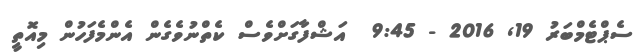
ސެޕްޓެމްބަރު 19